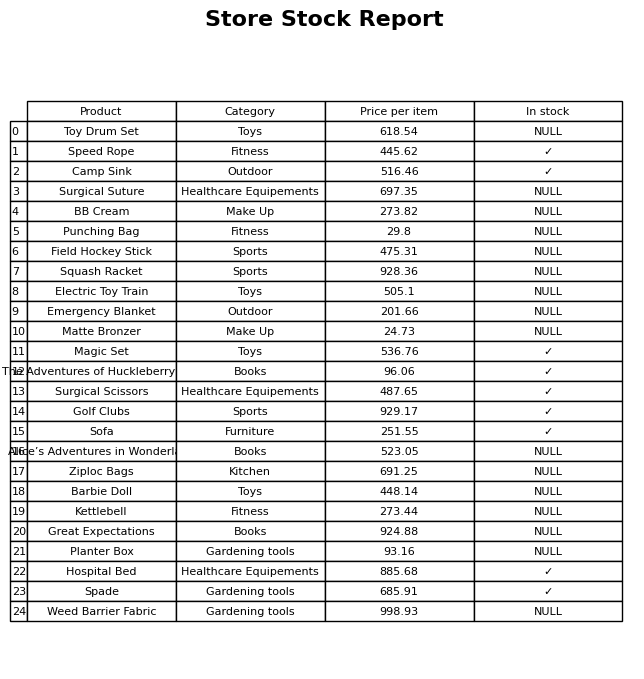
question: Which products are available in stock?
answer: Speed Rope, Camp Sink, Magic Set, The Adventures of Huckleberry Finn, Surgical Scissors, Golf Clubs, Sofa, Hospital Bed, Spade